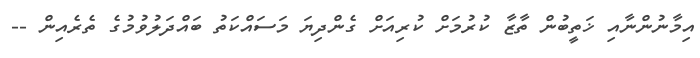
އިމާނުންނާއި ޚަތީބުން ތާޒާ ކުރުމަށް ކުރިއަށް ގެންދިޔަ މަސައްކަތު ބައްދަލުވުމުގެ ތެރެއިން --